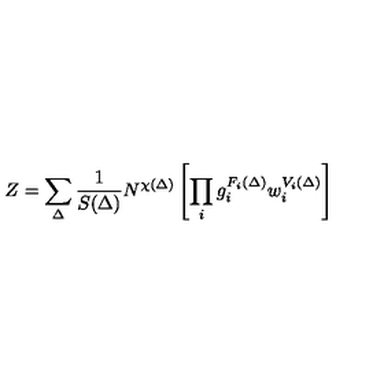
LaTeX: Z = \sum _ { \Delta } \frac { 1 } { S ( \Delta ) } N ^ { \chi ( \Delta ) } \left[ \prod _ { i } g _ { i } ^ { F _ { i } ( \Delta ) } w _ { i } ^ { V _ { i } ( \Delta ) } \right]